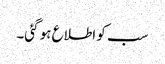
سب کو اطلاع ہو گئی۔